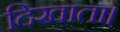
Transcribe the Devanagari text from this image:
दिखाता।